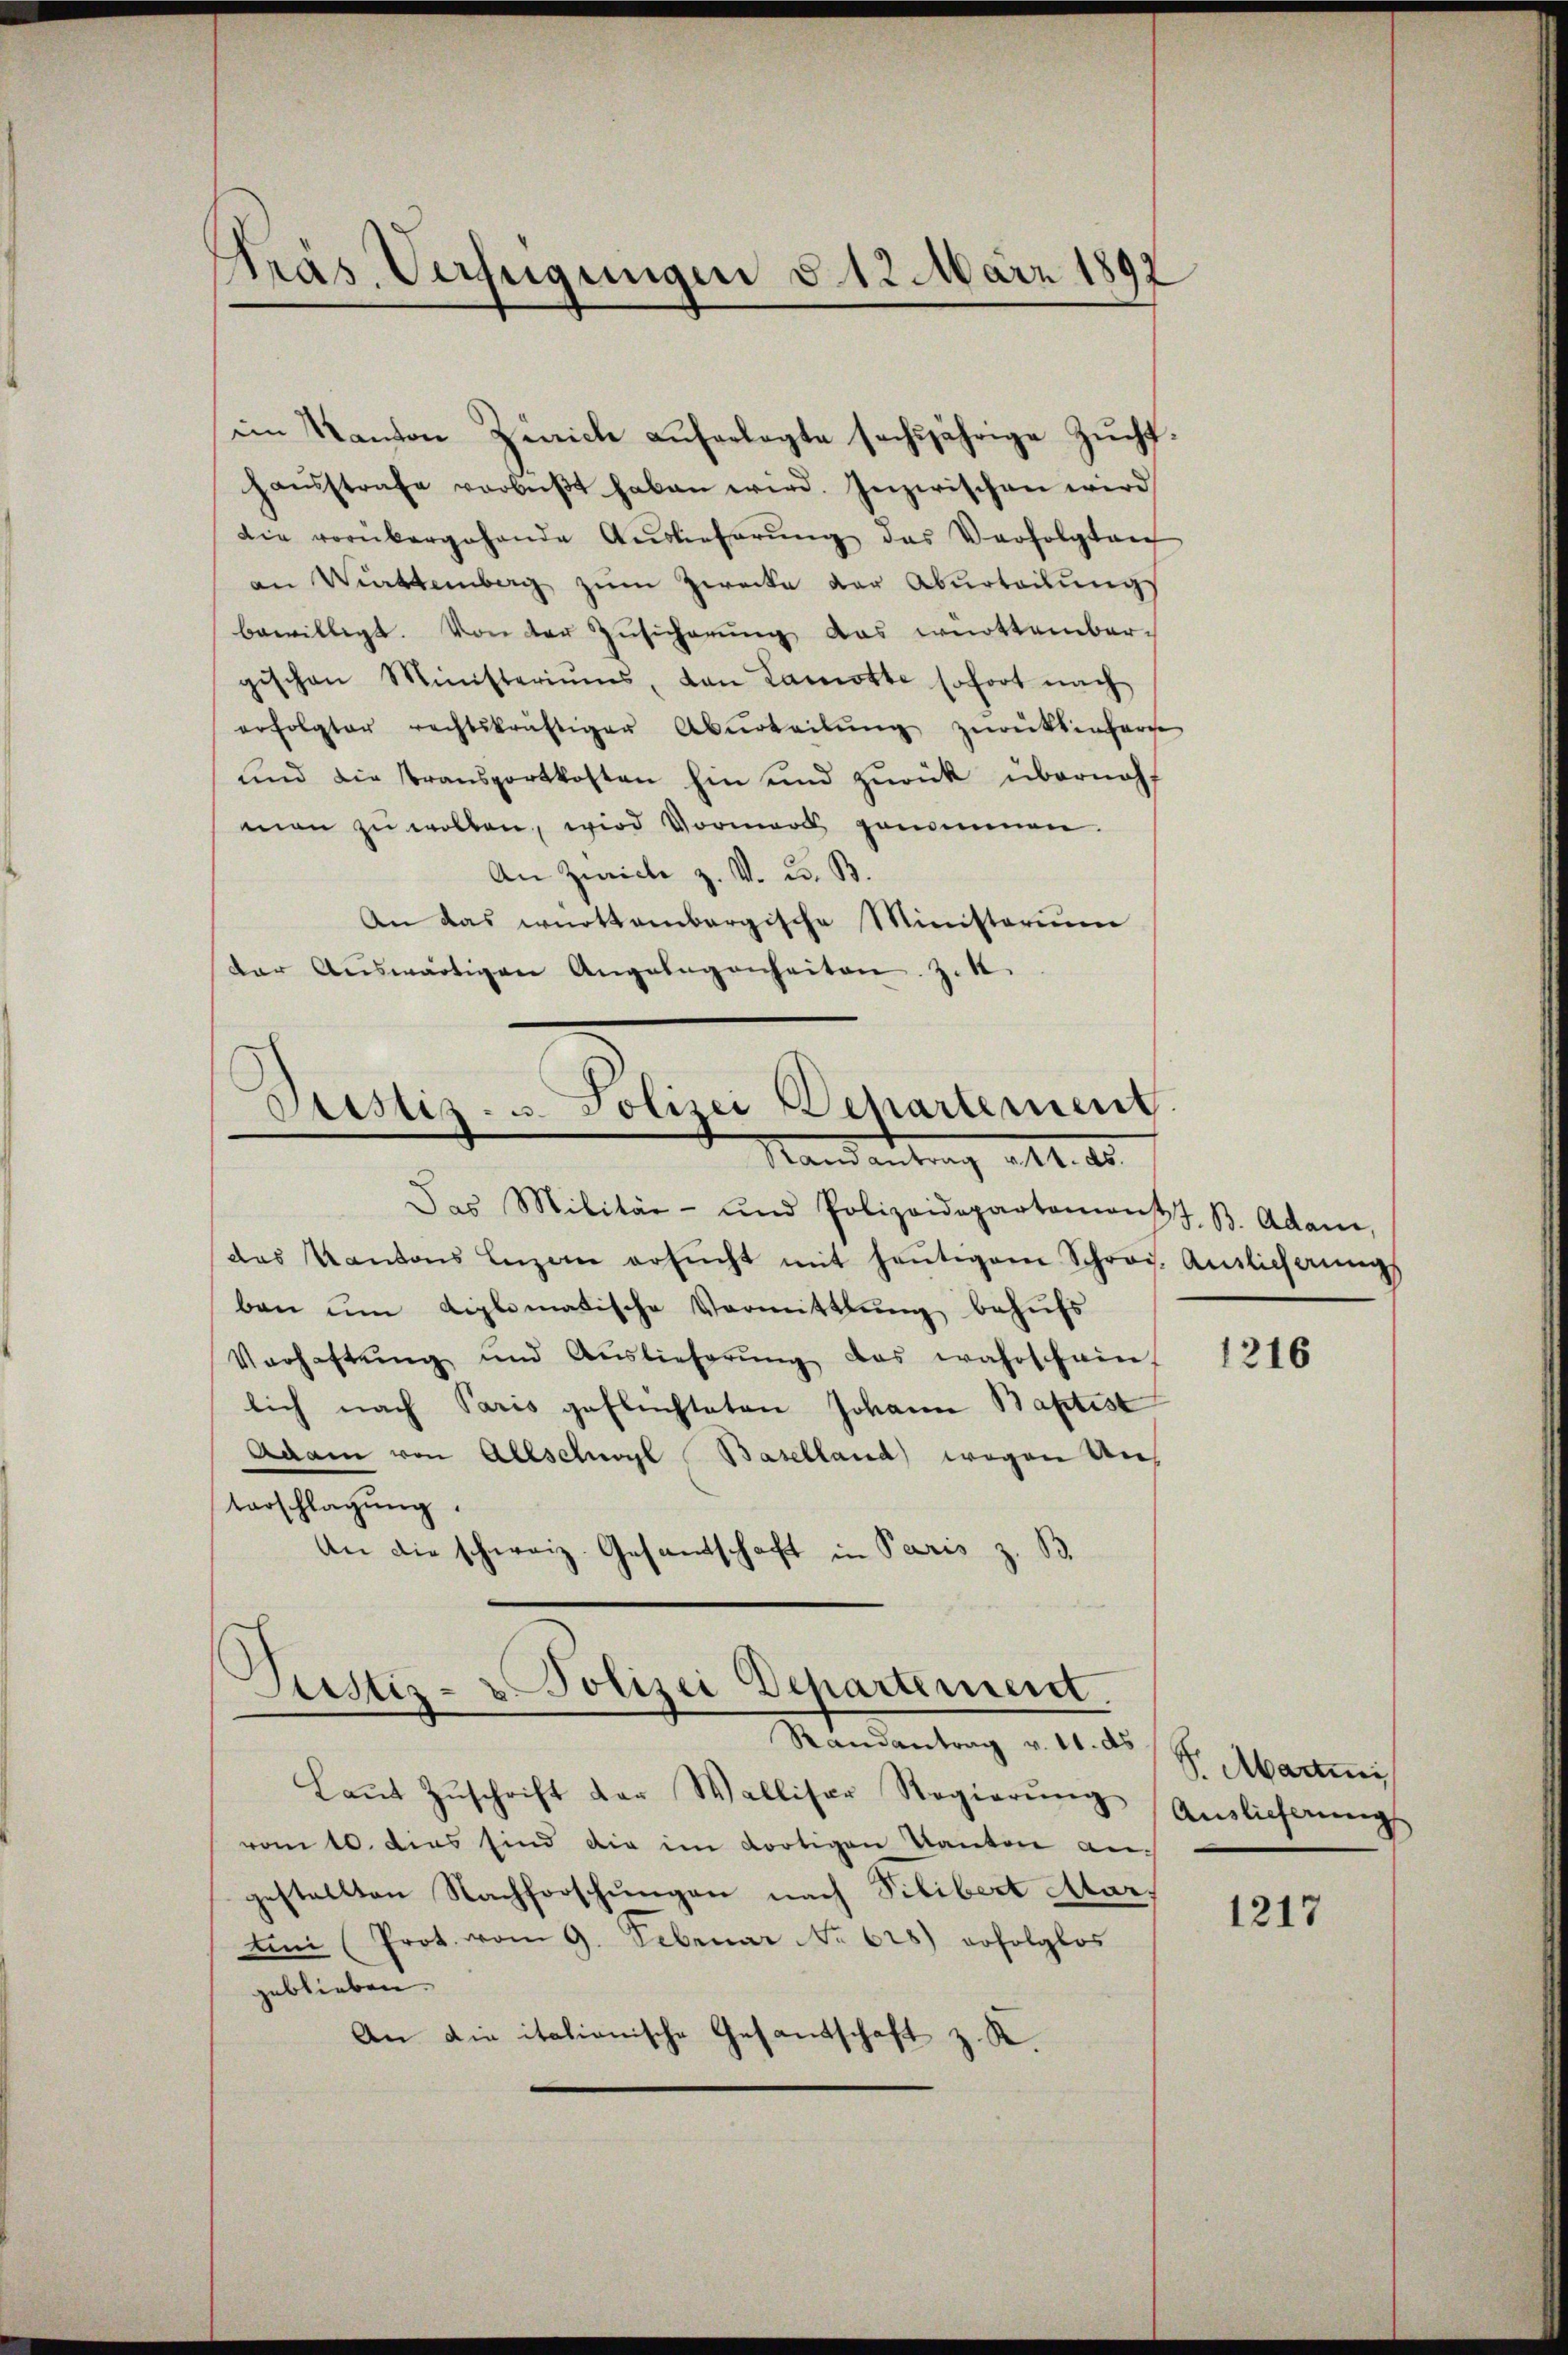
Präs. Verfügungen d. 12. März 1892

im Kanton Zürich auferlegte sechsjährige Zucht.
haŭsstrafe verbŭβt haben wird. Inzwischen wird
Die vorübergehende Auslieferŭng des Verfolgten
an Wittemberg zum Zwecke der Aburteilungs
bewilligt. Von der Zŭsicherŭng das württember-
gischen Ministeriums, von Lamotte sofort nach
erfolgter rechtskräftiger Aburteilŭng zurücksenharte
und die Transportkosten hin und zurück überneh
man zŭ wollen, wird Vormerk genommen.
An Zwicke z. V. C. B.
An das württembergische Ministerium
der Aŭswärtigen Angelegenheiten. Z. 4.

Cristiz- u. Polizei Departerung
Randantrag ad 1. ds.

Das Militär- und Polizeidepartemonst z. B. Adam,
das Kantons Luzern ersŭcht mit heŭtigem Schrod. Antlicherungs
ban ŭm diplomatische Vormittlung behŭfs
Verhaftŭng und Auslieferŭng das wahrschein,
lich nach Paris geflüchteten Johann Baptist
Adam von Allschwyl Baselland wegen Untarschlagung.
An die schweiz. Gesandtschaft in Paris z. B.

Justiz- & Polizei Departement.
d
Randantrag v. 11. ds

Laŭt Zŭschrift der Walliser Regierŭng
vom 10. dies sind die im dortigen Kanton angestellten Nachforschungen nach Pilibert Aar¬
Un (Prot. vom 9. Februar No. 625) erfolglos
geblieben
An die italionische Gesandschaft z. K.

1216

S. Martini
Auslieferung

1217